Report of the Indian Hemp Drugs Commission, 1894-1895 - Volume III
Year: 1894
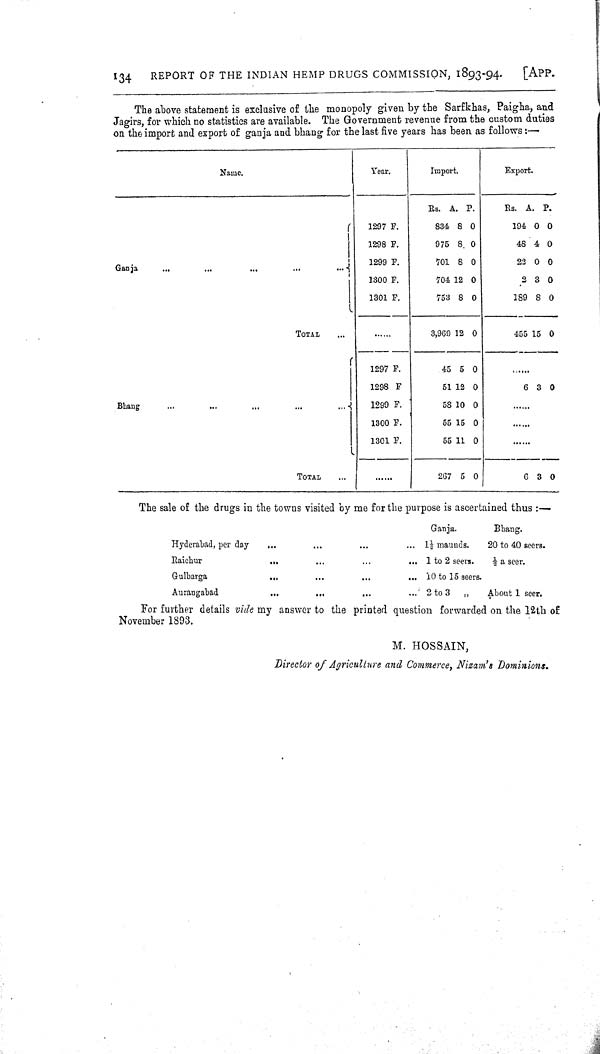
134
REPORT OF THE INDIAN HEMP DRUGS COMMISSION, 1893-94.
[APP.
The above statement is exclusive of the monopoly given by the Sarfkhas, Paigha, and
Jagirs, for which no statistics are available. The Government revenue from the custom duties
on the import and export of ganja and bhang for the last five years has been as follows:—
Name.
Year.
Import.
Export.
Rs. A. P.
Rs. A. P.
1297 F.
834 8 0
194 0 0
1298 F.
975 8 0
48 4 0
Ganja
1299 F.
701 8 0
22 0 0
1300 F.
704 12 0
2 3 0
1301 F.
753 8 0
189 8 0
TOTAL
3,969 12 0
455 15 0
1297 F.
45 5 0
1298 F
51 12 0
6 3 0
Bhang
1299 F.
58 10 0
1300 F.
55 15 0
1301 F.
55 11 0
TOTAL
267 5 0
6 3 0
The sale of the drugs in the towns visited by me for the purpose is ascertained thus:—
Ganja.
Bhang.
Hyderabad, per day
1½ maunds.
20 to 40 seers.
Raichur
1 to 2 seers. ½ a seer.
Gulbarga
10 to 15 seers.
Aurangabad
2 to 3
"
About 1 seer.
For further details vide my answer to the printed question forwarded on the 12th of
November 1893.
M. HOSSAIN,
Director of Agriculture and Commerce, Nizam's Dominions.